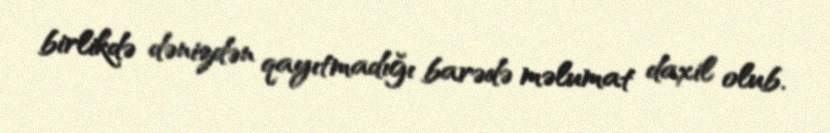
birlikdə dənizdən qayıtmadığı barədə məlumat daxil olub.